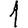
Digit: 1